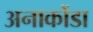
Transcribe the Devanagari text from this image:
अनाकोंडा